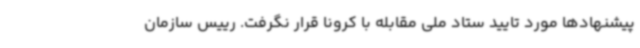
پیشنهادها مورد تایید ستاد ملی مقابله با کرونا قرار نگرفت. رییس سازمان